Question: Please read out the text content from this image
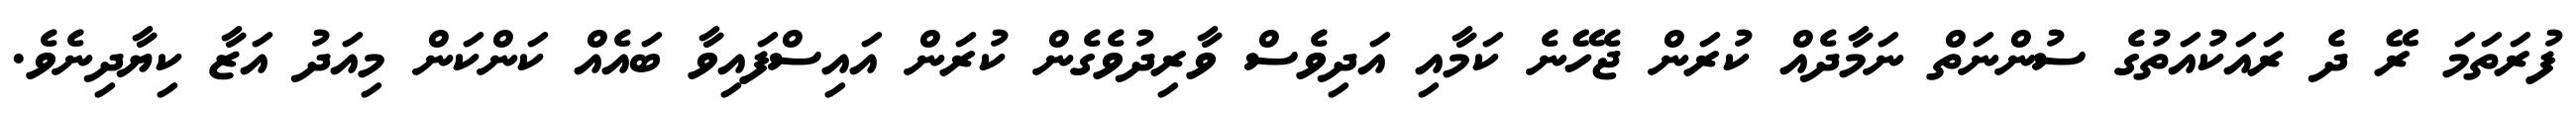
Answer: ފުރަތަމަ ރޭ ދެ ރައަކުއަތުގެ ސުންނަތް ނަމާދެއް ކުރަން ޖެހޭނެ ކަމާއި އަދިވެސް ވާރިދުވެގެން ކުރަން އައިސްފައިވާ ބައެއް ކަންކަން މިއަދު އަޒާ ކިޔާދިނެވެ.